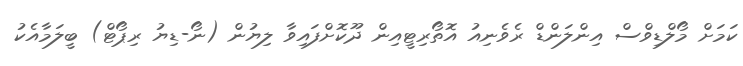
ކަމަށް މޯލްޑިވްސް އިންލަންޑް ރެވެނިއު އޮތޯރިޓީއިން ދޫކޮށްފައިވާ ލިޔުން (ނޯ-ޑިޔު ރިޕޯޓް) ބީލަމާއެކު